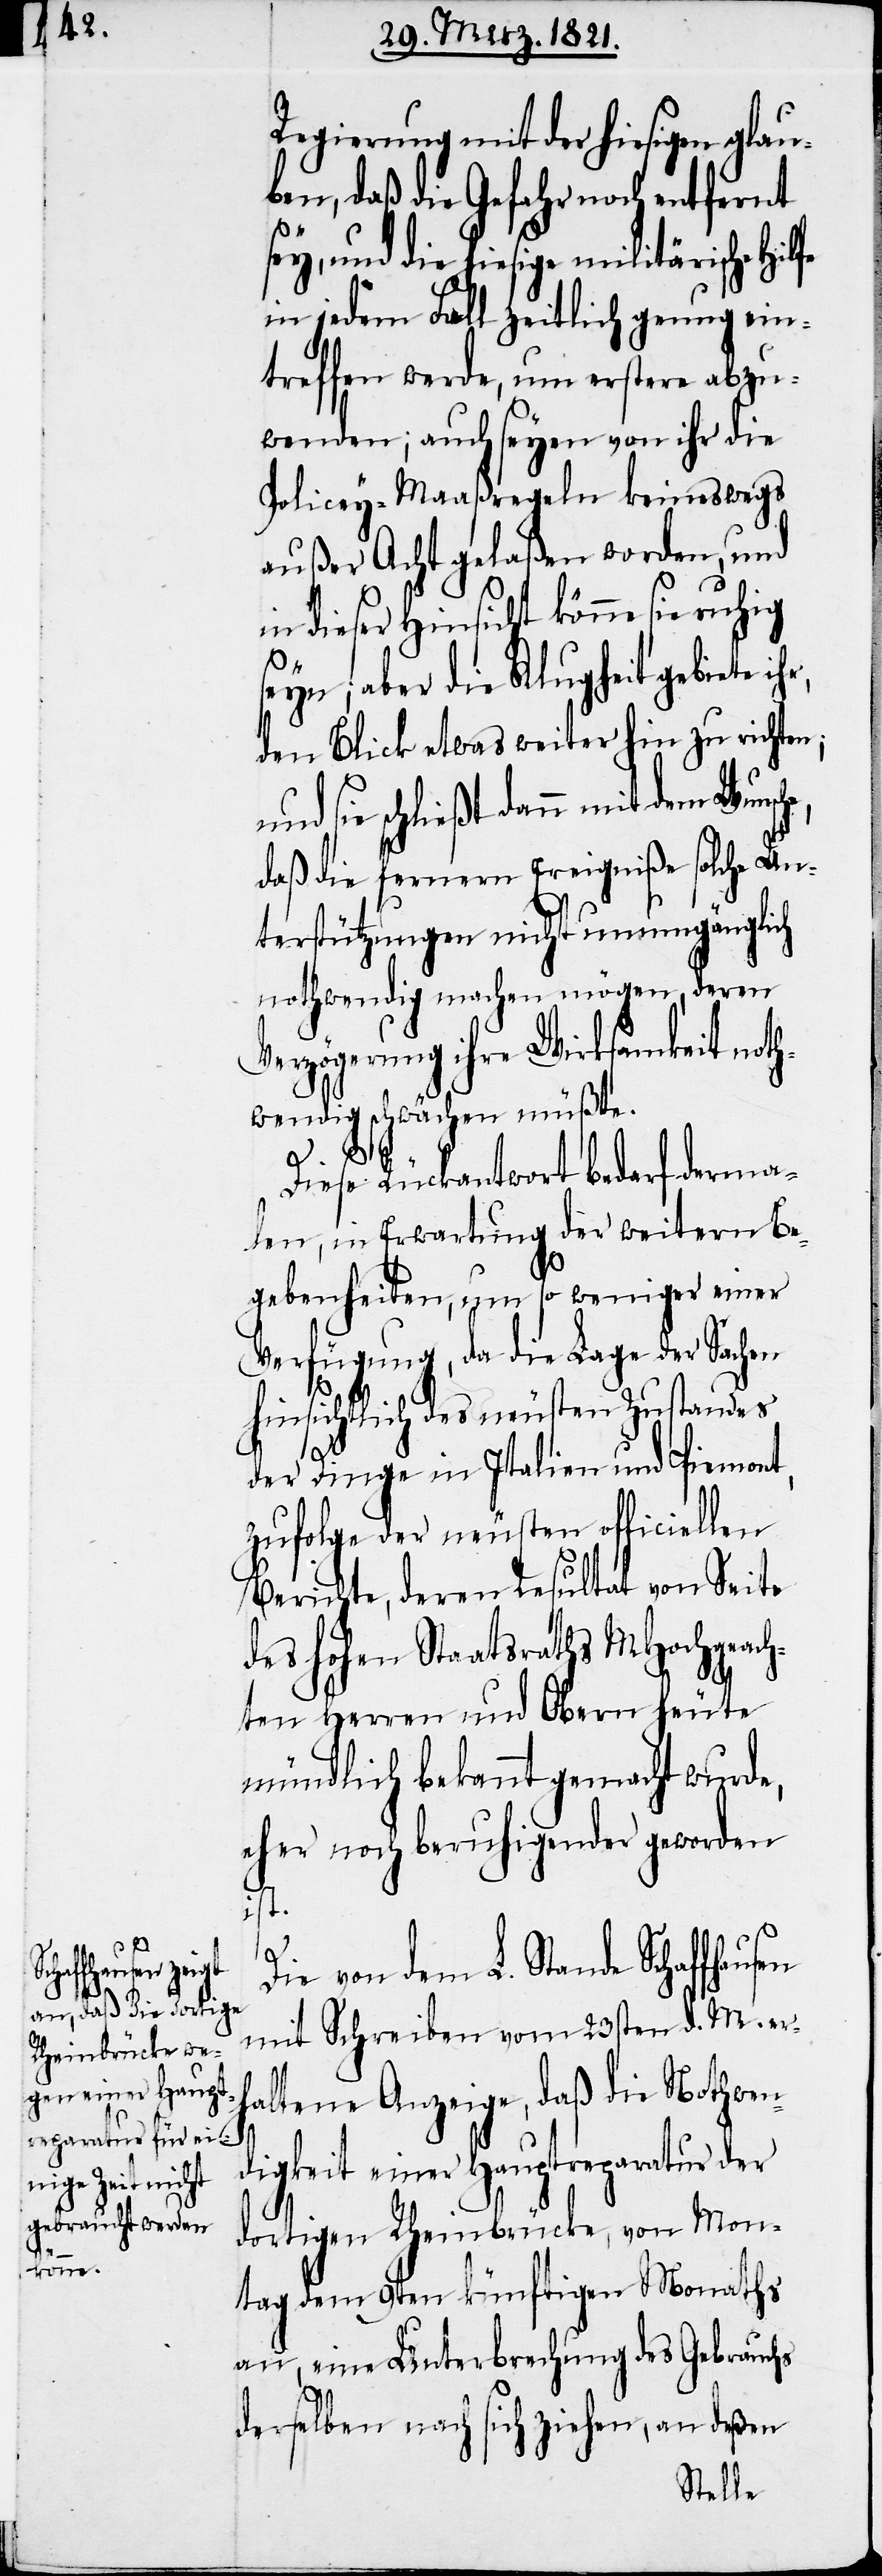
Die von dem L. Stande Schaffhausen
mit Schreiben vom 23sten d. M. er¬
haltene Anzeige, daß die Nothwen¬
digkeit einer Hauptreparatur der
dortigen Rheinbrücke, von Mon¬
tag den 9ten künftigen Monaths
an, eine Unterbrechung des Gebrauchs
derselben nach sich ziehen, an deßen